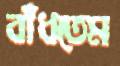
বাঁধতেম